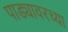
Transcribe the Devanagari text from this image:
पाड्यावरच्या